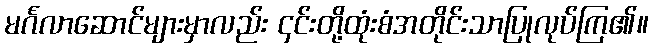
မင်္ဂလာဆောင်များမှာလည်း ၄င်းတို့ထုံးစံအတိုင်းသာပြုလုပ်ကြ၏။